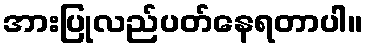
အားပြုလည်ပတ်နေရတာပါ။